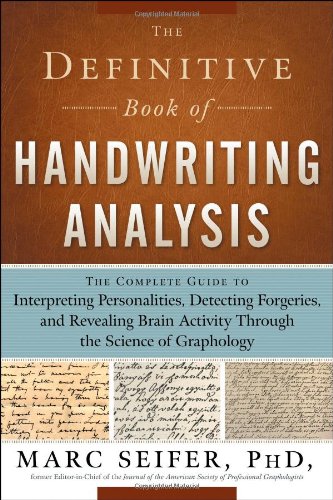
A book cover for The Definitive Book of Handwriting Analysis: The Complete Guide to Interpreting Personalities, Detecting Forgeries, and Revealing Brain Activity Through the Science of Graphology; Marc Seifer; Self-Help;